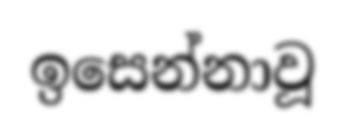
ඉසෙන්නාවූ